Civil Veterinary Department. Madras. Admin. report 1926-33 - 1926-1933
Year: 1926
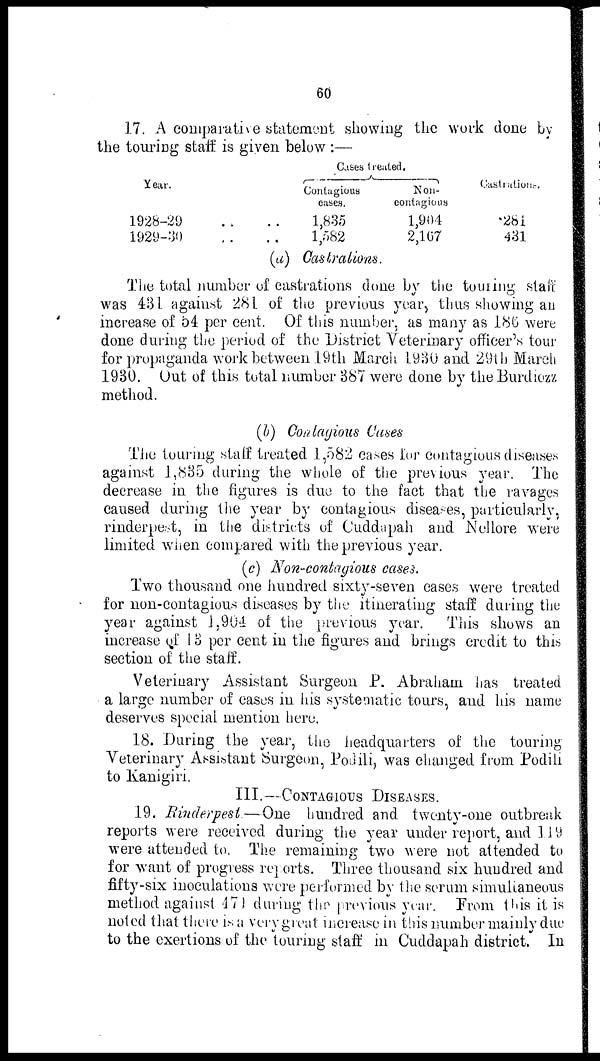
60
17. A comparative statement showing the work done by
the touring staff is given below :—
Year.
1928-29 .. ..
1929-30 .. ..
Cases treated.
Contagious
cases.
1,835
1,582
Non-
contagious
1,904
2,167
Castrations.
281
431
(a) Castrations.
The total number of castrations done by the touring staff
was 431 against 281 of the previous year, thus showing an
increase of 54 per cent. Of this number, as many as 186 were
done during the period of the District Veterinary officer's tour
for propaganda work between 19th March 1930 and 29th March
1930. Out of this total number 387 were done by the Burdiozz
method.
(b) Contagious Cases
The touring staff treated 1,582 cases for contagious diseases
against 1,835 during the whole of the previous year. The
decrease in the figures is due to the fact that the ravages
caused during the year by contagious diseases, particularly,
rinderpest, in the districts of Cuddapah and Nellore were
limited when compared with the previous year.
(c) Non-contagious cases.
Two thousand one hundred sixty-seven cases were treated
for non-contagious diseases by the itinerating staff during the
year against 1,904 of the previous year. This shows an
increase of 13 per cent in the figures and brings credit to this
section of the staff.
Veterinary Assistant Surgeon P. Abraham has treated
a large number of cases in his systematic tours, and his name
deserves special mention here.
18. During the year, the headquarters of the touring
Veterinary Assistant Surgeon, Podili, was changed from Podili
to Kanigiri.
III.—CONTAGIOUS DISEASES.
19. Rinderpest.—One hundred and twenty-one outbreak
reports were received during the year under report, and 119
were attended to. The remaining two were not attended to
for want of progress reports. Three thousand six hundred and
fifty-six inoculations were performed by the serum simultaneous
method against 471 during the previous year. From this it is
noted that there is a very great increase in this number mainly due
to the exertions of the touring staff in Cuddapah district. In